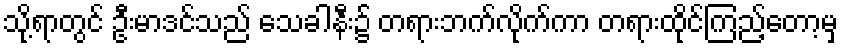
သို့ရာတွင် ဦးမာဒင်သည် သေခါနီး၌ တရားဘက်လိုက်ကာ တရားထိုင်ကြည့်တော့မှ